Anatomy and histology of ticks - Number 23
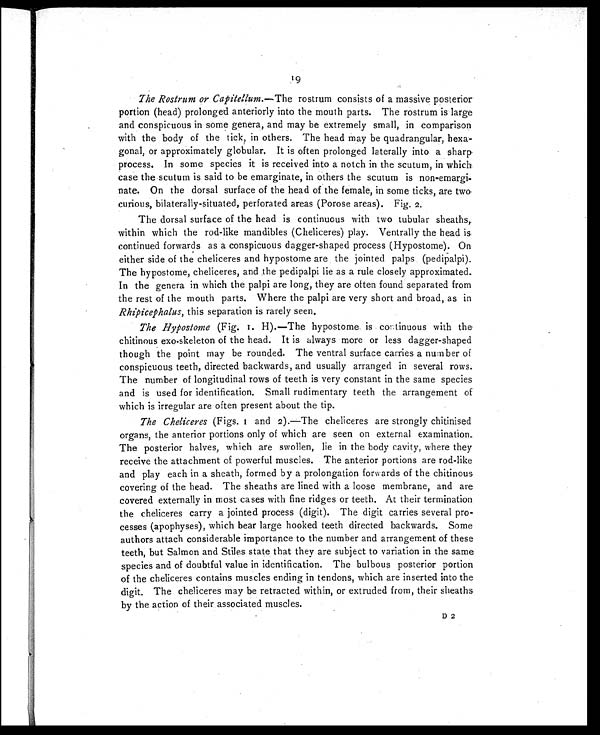
19
The Rostrum or Capitellum. —The rostrum consists of a massive posterior
portion (head) prolonged anteriorly into the mouth parts. The rostrum is large
and conspicuous in some genera, and may be extremely small, in comparison
with the body of the tick, in others. The head may be quadrangular, hexa-
gonal, or approximately globular. It is often prolonged laterally into a sharp
process. In some species it is received into a notch in the scutum, in which
case the scutum is said to be emarginate, in others the scutum is non-emargi-
nate. On the dorsal surface of the head of the female, in some ticks, are two
curious, bilaterally-situated, perforated areas (Porose areas). Fig. 2.
The dorsal surface of the head is continuous with two tubular sheaths,
within which the rod-like mandibles (Cheliceres) play. Ventrally the head is
continued forwards as a conspicuous dagger-shaped process (Hypostome). On
either side of the cheliceres and hypostome are the jointed palps (pedipalpi).
The hypostome, cheliceres, and the pedipalpi lie as a rule closely approximated.
In the genera in which the palpi are long, they are often found separated from
the rest of the mouth parts. Where the palpi are very short and broad, as in
Rhipicephalus, this separation is rarely seen.
The Hypostome (Fig. 1. H).—The hypostome is continuous with the
chitinous exo-skeleton of the head. It is always more or less dagger-shaped
though the point may be rounded. The ventral surface carries a number of
conspicuous teeth, directed backwards, and usually arranged in several rows.
The number of longitudinal rows of teeth is very constant in the same species
and is used for identification. Small rudimentary teeth the arrangement of
which is irregular are often present about the tip.
The Cheliceres (Figs. 1 and 2).—The cheliceres are strongly chitinised
organs, the anterior portions only of which are seen on external examination.
The posterior halves, which are swollen, lie in the body cavity, where they
receive the attachment of powerful muscles. The anterior portions are rod-like
and play each in a sheath, formed by a prolongation forwards of the chitinous
covering of the head. The sheaths are lined with a loose membrane, and are
covered externally in most cases with fine ridges or teeth. At their termination
the cheliceres carry a jointed process (digit). The digit carries several pro-
cesses (apophyses), which bear large hooked teeth directed backwards. Some
authors attach considerable importance to the number and arrangement of these
teeth, but Salmon and Stiles state that they are subject to variation in the same
species and of doubtful value in identification. The bulbous posterior portion
of the cheliceres contains muscles ending in tendons, which are inserted into the
digit. The cheliceres may be retracted within, or extruded from, their sheaths
by the action of their associated muscles.
D 2